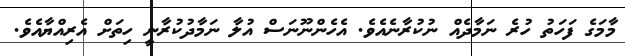
މާމަގެ ފަހަތު ހުރެ ނަމާދެއް ނުކުރާނެއެވެ. އެހެންނޫނަސް އުލާ ނަމާދުކުރާނީ ހިތަށް އެރިއްޔާއެވެ.